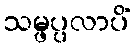
သမ္ဖပ္ပလာပိံ